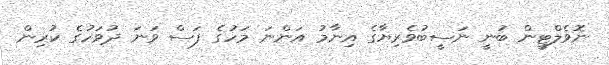
ނޮވެލްޓީން ބުނީ ނަސީބުވެރިޔާގެ އިނާމު އަންނަ މަހުގެ ފަސް ވަނަ ދުވަހުގެ ކުރިން